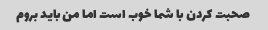
صحبت کردن با شما خوب است اما من باید بروم